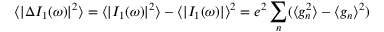
\langle | \Delta I _ { 1 } ( \omega ) | ^ { 2 } \rangle = \langle | I _ { 1 } ( \omega ) | ^ { 2 } \rangle - \langle | I _ { 1 } ( \omega ) | \rangle ^ { 2 } = e ^ { 2 } \sum _ { n } ( \langle g _ { n } ^ { 2 } \rangle - \langle g _ { n } \rangle ^ { 2 } )